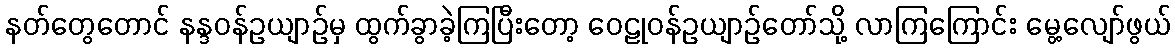
နတ်တွေတောင် နန္ဒဝန်ဥယျာဉ်မှ ထွက်ခွာခဲ့ကြပြီးတော့ ဝေဠုဝန်ဥယျာဉ်တော်သို့ လာကြကြောင်း မွေ့လျော်ဖွယ်